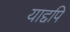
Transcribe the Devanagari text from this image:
याद्दपि